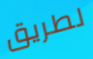
لطريق